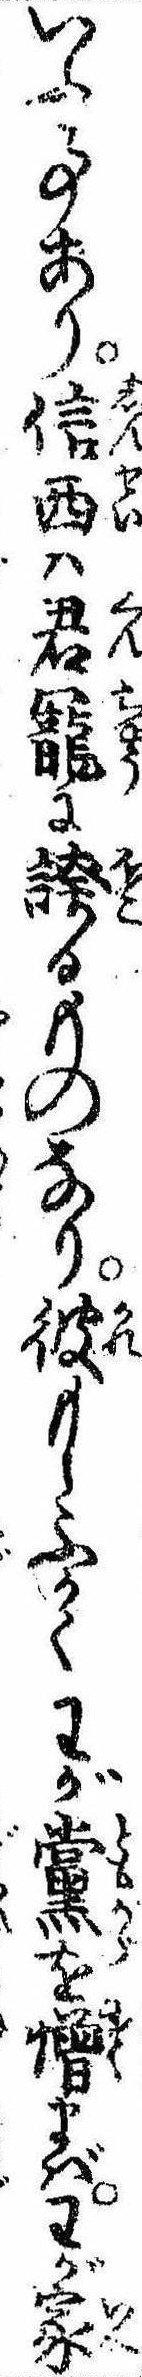
いふ事あり信西は君寵に誇るものなり彼もしふかくわが黨を憎まばわが家